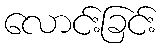
လောင်းခြင်း